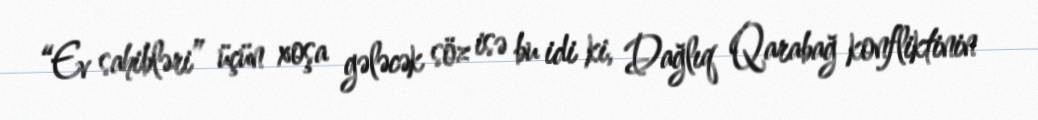
“Ev sahibləri” üçün xoşa gələcək söz isə bu idi ki, Dağlıq Qarabağ konfliktinin